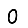
Digit: 0